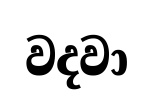
වදවා